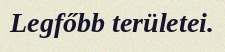
Legfőbb területei.